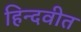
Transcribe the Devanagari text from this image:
हिन्दवीत